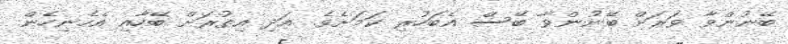
ބޭނުންވާ ވަރަށް ބޭނުންވާ ބޭސް އެބަހުރި ކަމަށެވެ. އަދި އިތުރަށް ބޭހާއި އެހެނިހެން